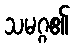
သမဂ္ဂ၏